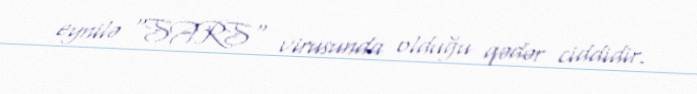
eynilə "SARS" virusunda olduğu qədər ciddidir.